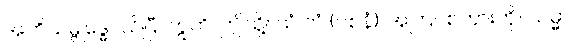
အဘိသမ္ဗုဒ္ဓေါ၊ သိပြီ။ ဣတိ၊ ဤသို့။ ယံ တံ (ဝစနံ)၊ အကြင်စကားကို။ သမ္မာ၊